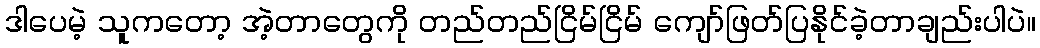
ဒါပေမဲ့ သူကတော့ အဲ့တာတွေကို တည်တည်ငြိမ်ငြိမ် ကျော်ဖြတ်ပြနိုင်ခဲ့တာချည်းပါပဲ။